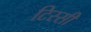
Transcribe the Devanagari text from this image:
टिस्सी